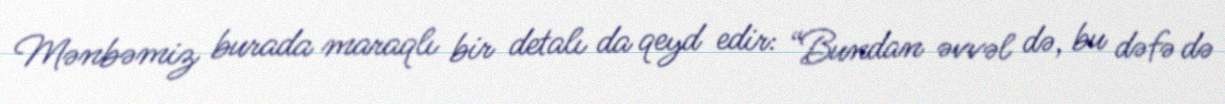
Mənbəmiz burada maraqlı bir detalı da qeyd edir: “Bundan əvvəl də, bu dəfə də